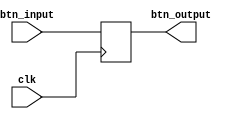
`timescale 1ns / 1ps
//////////////////////////////////////////////////////////////////////////////////
// Company: 
// Engineer: 
// 
// Design Name: 
// Module Name:    nodebounce 
// Project Name: 
// Target Devices: 
// Tool versions: 
// Description: 
//
// Dependencies: 
//
// Revision: 
// Revision 0.01 - File Created
// Additional Comments: 
//
//////////////////////////////////////////////////////////////////////////////////
module debounce(input  clk, input btn_input, output btn_output);
 reg f;
 always @(posedge clk) begin
  f <= btn_input;
 end
 assign btn_output = f;
endmodule